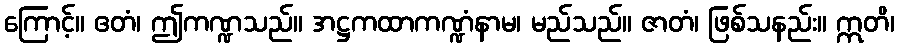
ကြောင့်။ ဧတံ၊ ဤကဏ္ဍသည်။ အဋ္ဌကထာကဏ္ဍံနာမ၊ မည်သည်။ ဇာတံ၊ ဖြစ်သနည်း။ ဣတိ၊